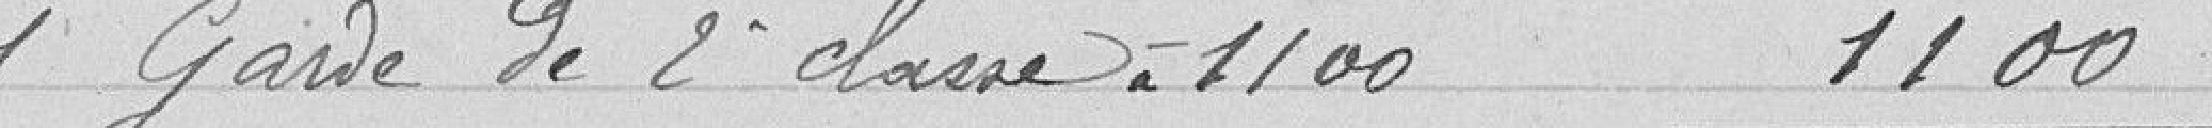
1 Garde de deuxième classe à 1100 1100